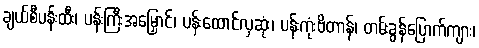
ချယ်စီပန်းထီး၊ ပန်းကြီးအမြှောင်၊ ပန်းထောင်လှဆုံး၊ ပန်းကုံးဗိတာန်၊ တမ်းခွန်ပြောက်ကျား၊